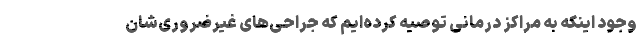
وجود اینکه به مراکز درمانی توصیه کرده‌ایم که جراحی‌های غیرضروری‌شان